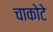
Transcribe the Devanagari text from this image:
चाकोटे